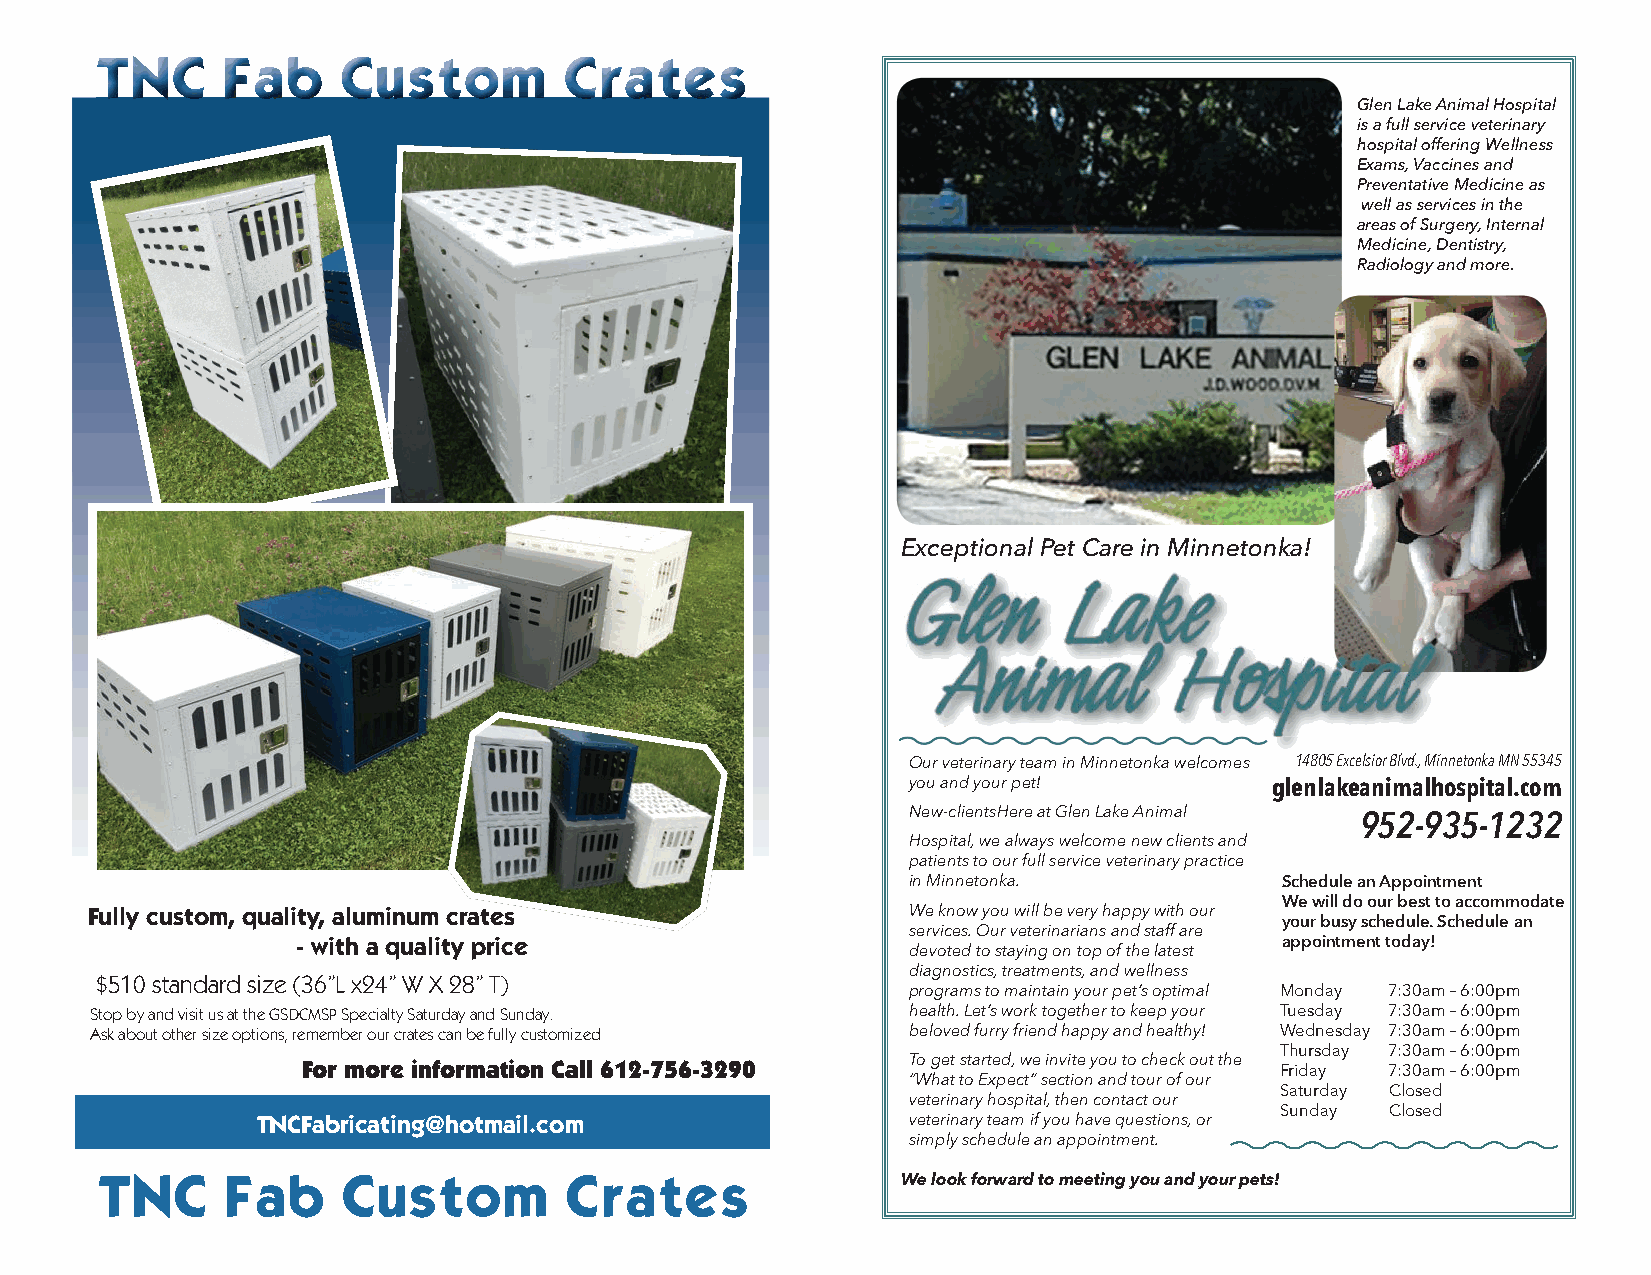
TTTTTTNNNNNNCCCCCC FFFFFFaaaaaabbbbbb CCCCCCuuuuuussssssttttttoooooommmmmm CCCCCCrrrrrraaaaaatttttteeeeeessssss
 Glen Lake Animal Hospital
 is a full service veterinary
 hospital offering Wellness
 Exams, Vaccines and
 Preventative Medicine as
 well as services in the
 areas of Surgery, Internal
 Medicine, Dentistry,
 Radiology and more.
 Exceptional Pet Care in Minnetonka!
 Our veterinary team in Minnetonka welcomes 1144880055 EExxcceellssiioorr BBllvvdd..,, MMiinnnneettoonnkkaa MMNN 5555334455
 you and your pet!       glenlakeanimalhospital.com
 New-clientsHere at Glen Lake Animal 952-935-1232
 Hospital, we always welcome new clients and
 patients to our full service veterinary practice
 in Minnetonka.           Schedule an Appointment
 We will do our best to accommodate
 Fully custom, quality, aluminum crates                We know you will be very happy with our
 your busy schedule. Schedule an
 services. Our veterinarians and staff are
 - with a quality price                                           appointment today!
 devoted to staying on top of the latest
 diagnostics, treatments, and wellness
 $510 standard size (36”L x24” W X 28” T)
 programs to maintain your pet’s optimal Monday 7:30am – 6:00pm
 Stop by and visit us at the GSDCMSP Specialty Saturday and Sunday. health. Let’s work together to keep your Tuesday 7:30am – 6:00pm
 Ask about other size options, remember our crates can be fully customized beloved furry friend happy and healthy! Wednesday 7:30am – 6:00pm
 Thursday 7:30am – 6:00pm
 For more information Call 612-756-3290  To get started, we invite you to check out the
 Friday 7:30am – 6:00pm
 “What to Expect” section and tour of our
 Saturday Closed
 veterinary hospital, then contact our
 Sunday Closed
 TNCFabricating@hotmail.com                 veterinary team if you have questions, or
 simply schedule an appointment.
 TNC      Fab     Custom        Crates                 We look forward to meeting you and your pets!